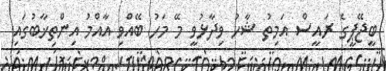
ބީޖޭޕީގެ ރައީސް އަމިތު ޝާހު ވިދާޅުވީ މޭ މަހު ބޭއްވި އާއްމު އިންތިޚާބުގައި